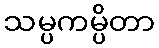
သမ္ပကမ္ပိတာ